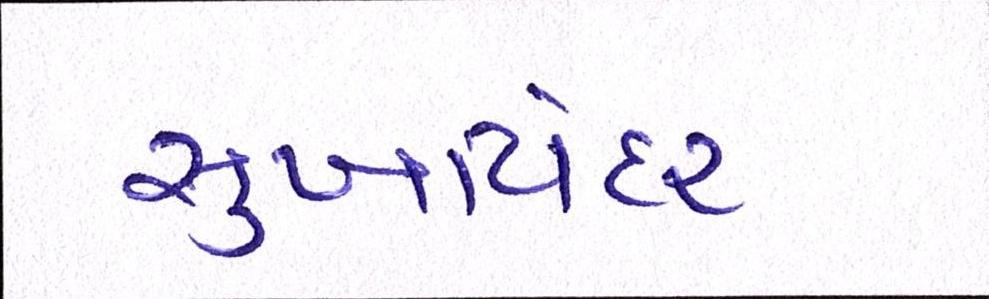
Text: સુખવિંદર